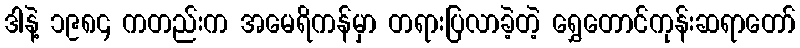
ဒါနဲ့ ၁၉၈၄ ကတည်းက အမေရိကန်မှာ တရားပြလာခဲ့တဲ့ ရွှေတောင်ကုန်းဆရာတော်